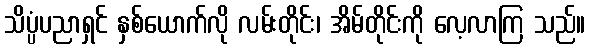
သိပ္ပံပညာရှင် နှစ်ယောက်လို လမ်းတိုင်း၊ အိမ်တိုင်းကို လေ့လာကြ သည်။